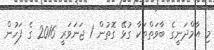
މި އާމްދަނީގެ ބާވަތްތަކާ ގުޅޭ ގޮތުން 1 ޖަނަވަރީ 2016 ގެ ފަހުން